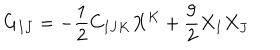
LaTeX: G _ { I J } = - { \frac { 1 } { 2 } } C _ { I J K } X ^ { K } + { \frac { 9 } { 2 } } X _ { I } X _ { J }